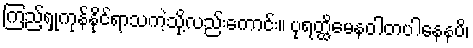
ကြည့်ရှုကုန်နိုင်ရာသကဲ့သို့လည်းကောင်း။ ပုရတ္ထိမေနဝါတပါနေနပိ၊